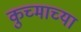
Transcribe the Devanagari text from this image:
कुच्माच्या